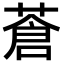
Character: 蒼